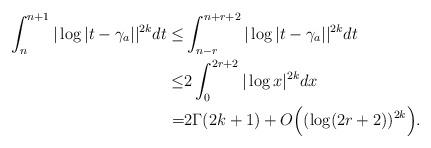
LaTeX: \begin{align*} \int_n^{n+1}| \log |t-\gamma_a||^{2k} dt\leq& \int_{n-r}^{n+r+2} |\log |t-\gamma_a||^{2k} dt\\\leq& 2 \int_0^{2r+2}|\log x|^{2k} dx\\=&2 \Gamma(2k+1)+O\Big( (\log (2r+2))^{2k}\Big).\end{align*}